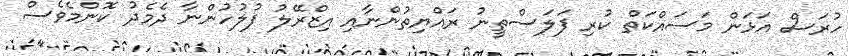
ހުރަސް އަޅަން މަސައްކަތް ކުރި ފަލަސްތީނު ރައްޔިތުންނާއި އިޒްރޭލު ފުލުހުންނާ ދެމެދު ކޮންމެވެސް